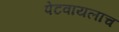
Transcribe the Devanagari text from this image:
पेटवायलाच